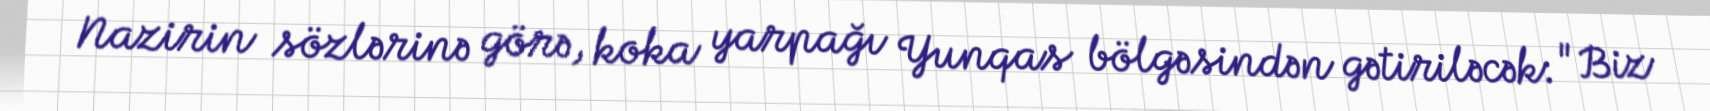
Nazirin sözlərinə görə, koka yarpağı Yunqas bölgəsindən gətiriləcək: "Biz